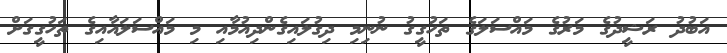
އަބުދު ރަޝީދުގެ މަރުގެ މައްސަލަގެ ތަހުގީގު ނުނިމި ދިގުލައިގެންދިއުމާއި މި މައްސަލައާއިގެ ތަހުގީގަށް